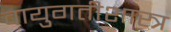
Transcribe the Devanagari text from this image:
वायुगतीशास्त्र